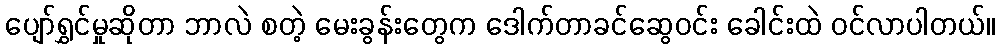
ပျော်ရွှင်မှုဆိုတာ ဘာလဲ စတဲ့ မေးခွန်းတွေက ဒေါက်တာခင်ဆွေဝင်း ခေါင်းထဲ ဝင်လာပါတယ်။